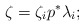
\begin{align*} \zeta = \zeta_i p^* \lambda_i; \end{align*}